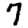
Digit: 7